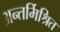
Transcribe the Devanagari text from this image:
अन्तर्मिश्रित